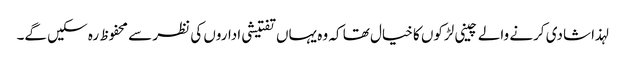
لہذا شادی کرنے والے چینی لڑکوں کا خیال تھا کہ وہ یہاں تفتیشی اداروں کی نظر سے محفوظ رہ سکیں گے۔